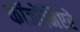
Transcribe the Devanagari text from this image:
कॉजोंनिएरे